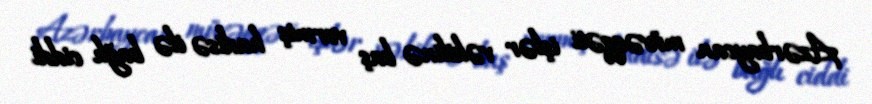
Azərbaycan müvəqqəti işlər vəkilinə baş vermiş hadisə ilə bağlı ciddi